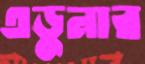
এডুনার